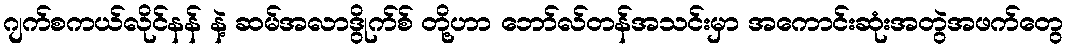
ဂျက်စကယ်လိုင်နန် နဲ့ ဆမ်အလာဒွိုက်စ် တို့ဟာ ဘော်လ်တန်အသင်းမှာ အကောင်းဆုံးအတွဲအဖက်တွေ